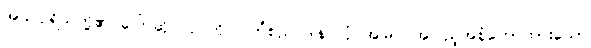
အသပ္ပုရိသတို့၏ ပြောဆို လုပ်ကိုင် ကြံစည် ဒါနပြုပုံ အမြင် အပြည့်အစုံဟောထားသော